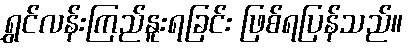
ရွှင်လန်းကြည်နူးရခြင်း ဖြစ်ရပြန်သည်။